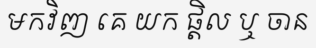
មកវិញ គេ យក ផ្តិល ឬ ចាន